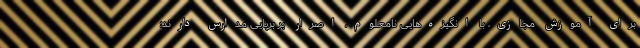
برای آموزش مجازی، با انگیزه‌هایی نامعلوم، اصرار بر برپایی مدارس دارند؛